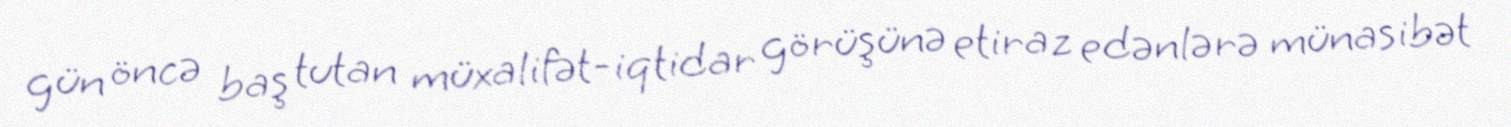
gün öncə baş tutan müxalifət-iqtidar görüşünə etiraz edənlərə münasibət